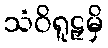
သံဝိရူဠှမှိ